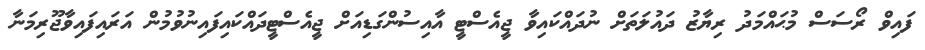
ފައިވް ރޯސަސް މުޙައްމަދު ރިޔާޒު ދައުލަތަށް ނުދައްކައިވާ ޖީއެސްޓީ އާއިސުންގަޑިއަށް ޖީއެސްޓީދައްކައިފައިނުވުމުން އަރައިފައިވާޖޫރިމަނާ